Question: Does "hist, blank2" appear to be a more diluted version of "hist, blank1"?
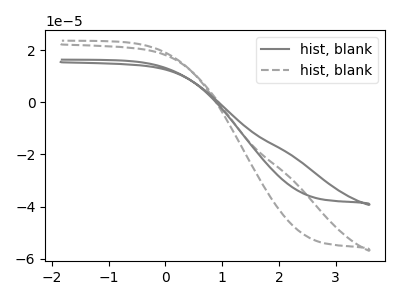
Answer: <think>The gray curve "hist, blank1" has no peaks. The gray dashed curve "hist, blank2" has no peaks.
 Neither "hist, blank2" or "hist, blank1" have any peaks.</think>
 <answer>I cant tell if "hist, blank2" or "hist, blank1" has higher concentration.</answer>
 <eval>mixed_concentration</eval>